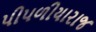
પીપળીયારાજ